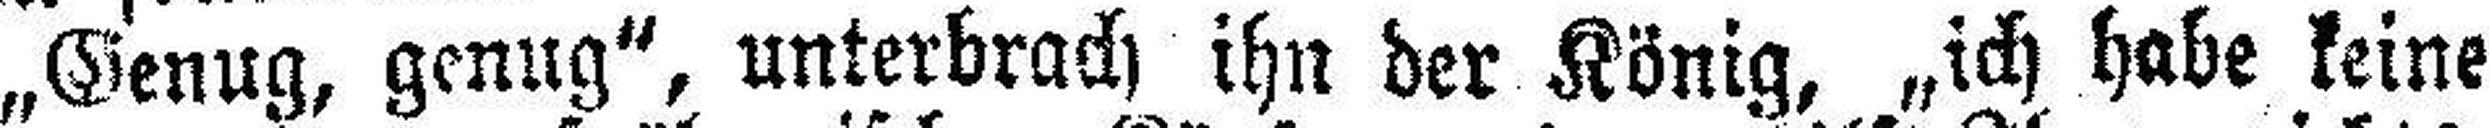
„Genug, genug“, unterbrach ihn der König, „ich habe keine